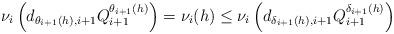
LaTeX: \begin{align*}\nu_i\left(d_{\theta_{i+1}(h),i+1}Q_{i+1}^{\theta_{i+1}(h)}\right)=\nu_i(h)\le\nu_i\left(d_{\delta_{i+1}(h),i+1}Q_{i+1}^{\delta_{i+1}(h)}\right)\end{align*}